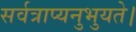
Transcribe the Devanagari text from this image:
सर्वत्राप्यनुभुयते।